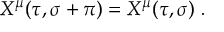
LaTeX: X ^ { \mu } ( \tau , \sigma + \pi ) = X ^ { \mu } ( \tau , \sigma ) \; .